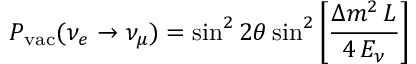
P _ { \mathrm { v a c } } ( \nu _ { e } \to \nu _ { \mu } ) = \sin ^ { 2 } 2 \theta \sin ^ { 2 } \left[ { \frac { \Delta m ^ { 2 } \, L } { 4 \, E _ { \nu } } } \right]